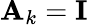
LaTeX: {\mathbf A}_{k}={\mathbf I}